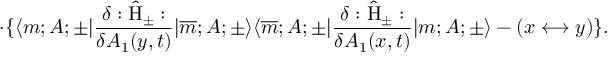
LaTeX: \cdot \{ \langle m ; A ; \pm | \frac { \delta : \hat { \mathrm { H } } _ { \pm } : } { \delta A _ { 1 } ( y , t ) } | \overline { { { m } } } ; A ; \pm \rangle \langle \overline { { { m } } } ; A ; \pm | \frac { \delta : \hat { \mathrm { H } } _ { \pm } : } { \delta A _ { 1 } ( x , t ) } | m ; A ; \pm \rangle - ( x \longleftrightarrow y ) \} . \,